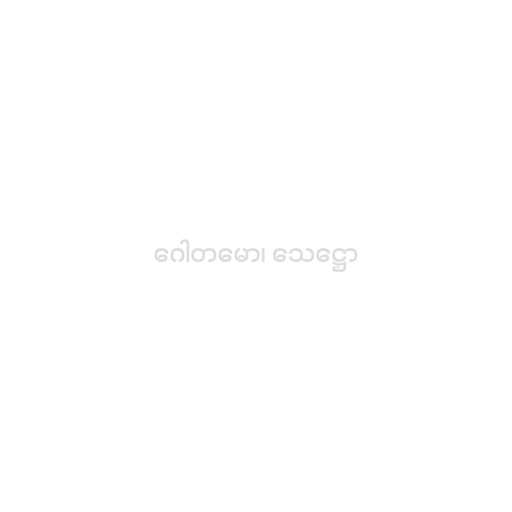
ဂေါတမော၊ သေဋ္ဌော